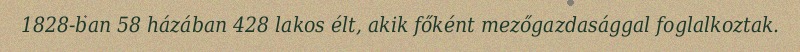
1828-ban 58 házában 428 lakos élt, akik főként mezőgazdasággal foglalkoztak.